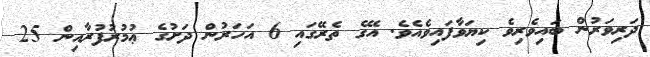
ދަރިވަރުން ބައިވެރިވެ ކިޔަވާފައިވެއެވެ. އޭގެ ތެރޭގައި 6 އަހަރުން ދަށުގެ ޢުމުރުފުރާއިން 25